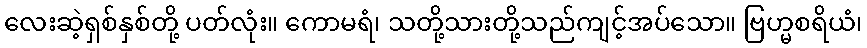
လေးဆဲ့ရှစ်နှစ်တို့ ပတ်လုံး။ ကောမရံ၊ သတို့သားတို့သည်ကျင့်အပ်သော။ ဗြဟ္မစရိယံ၊